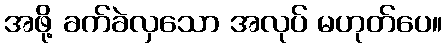
အဖို့ ခက်ခဲလှသော အလုပ် မဟုတ်ပေ။